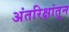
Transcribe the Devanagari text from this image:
अंतरिक्षांतून